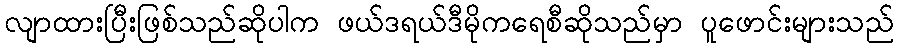
လျာထားပြီးဖြစ်သည်ဆိုပါက ဖယ်ဒရယ်ဒီမိုကရေစီဆိုသည်မှာ ပူဖောင်းများသည်